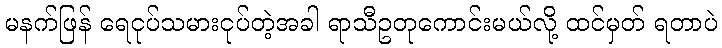
မနက်ဖြန် ရေငုပ်သမားငုပ်တဲ့အခါ ရာသီဥတုကောင်းမယ်လို့ ထင်မှတ် ရတာပဲ